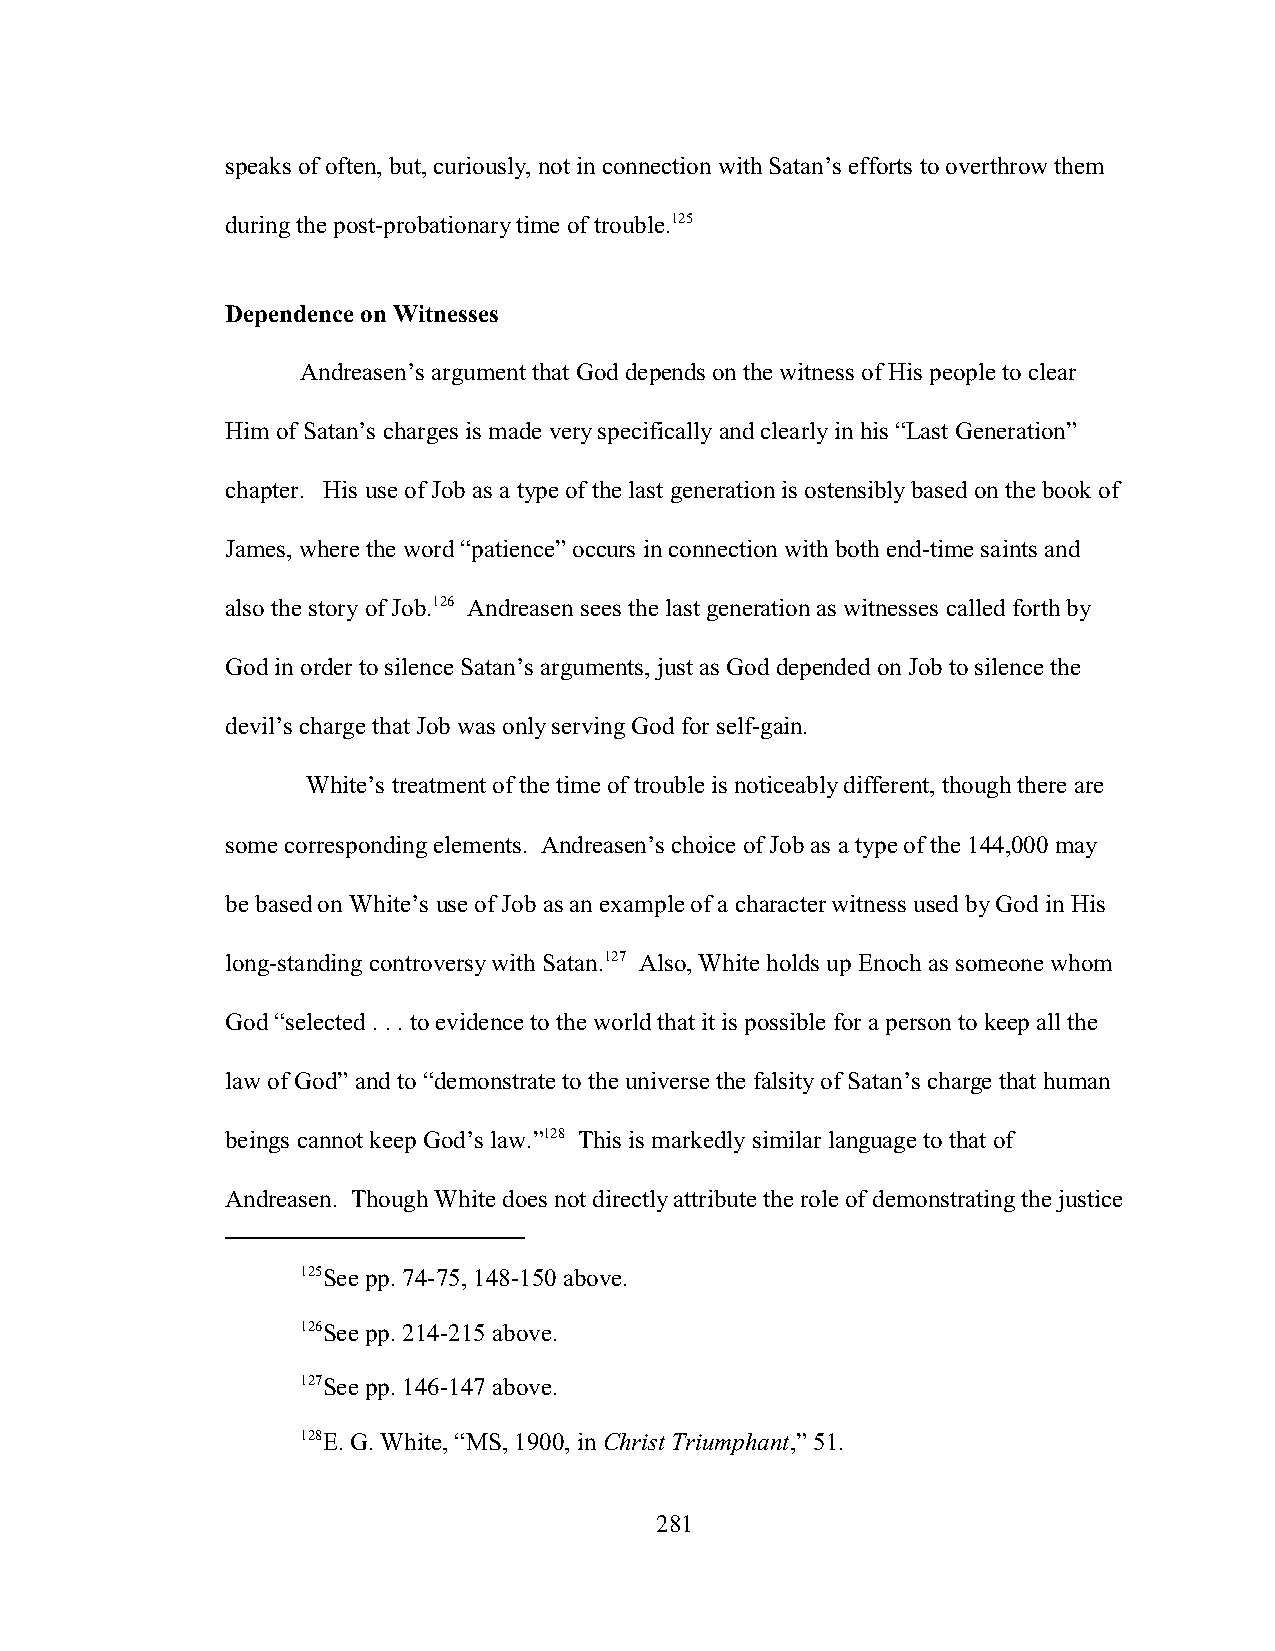
speaks of often, but, curiously, not in connection with Satan’s efforts to overthrow them
 during the post-probationary time of trouble.125
 Dependence on Witnesses
 Andreasen’s argument that God depends on the witness of His people to clear
 Him of Satan’s charges is made very specifically and clearly in his “Last Generation”
 chapter. His use of Job as a type of the last generation is ostensibly based on the book of
 James, where the word “patience” occurs in connection with both end-time saints and
 also the story of Job.126 Andreasen sees the last generation as witnesses called forth by
 God in order to silence Satan’s arguments, just as God depended on Job to silence the
 devil’s charge that Job was only serving God for self-gain.
 White’s treatment of the time of trouble is noticeably different, though there are
 some corresponding elements. Andreasen’s choice of Job as a type of the 144,000 may
 be based on White’s use of Job as an example of a character witness used by God in His
 long-standing controversy with Satan.127 Also, White holds up Enoch as someone whom
 God “selected . . . to evidence to the world that it is possible for a person to keep all the
 law of God” and to “demonstrate to the universe the falsity of Satan’s charge that human
 beings cannot keep God’s law.”128 This is markedly similar language to that of
 Andreasen. Though White does not directly attribute the role of demonstrating the justice
 125See pp. 74-75, 148-150 above.
 126See pp. 214-215 above.
 127See pp. 146-147 above.
 128E. G. White, “MS, 1900, in Christ Triumphant,” 51.
 281